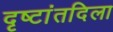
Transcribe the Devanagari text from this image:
दृष्टांतदिला